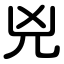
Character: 兇